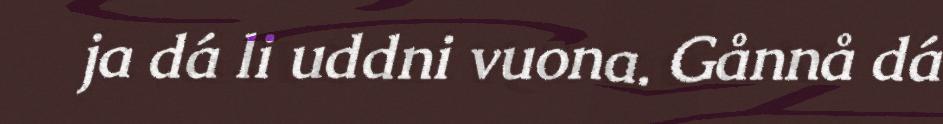
ja dá li uddni vuona. Gånnå dá